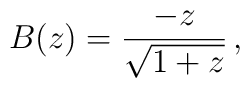
B(z) = {-z \over \sqrt{1+z} }  \, ,